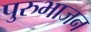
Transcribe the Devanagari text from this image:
पुरुभाजन